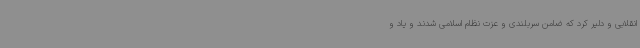
انقلابی و دلیر کرد که ضامن سربلندی و عزت نظام اسلامی شدند و یاد و